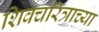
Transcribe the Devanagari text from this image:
शिवचरित्राच्या